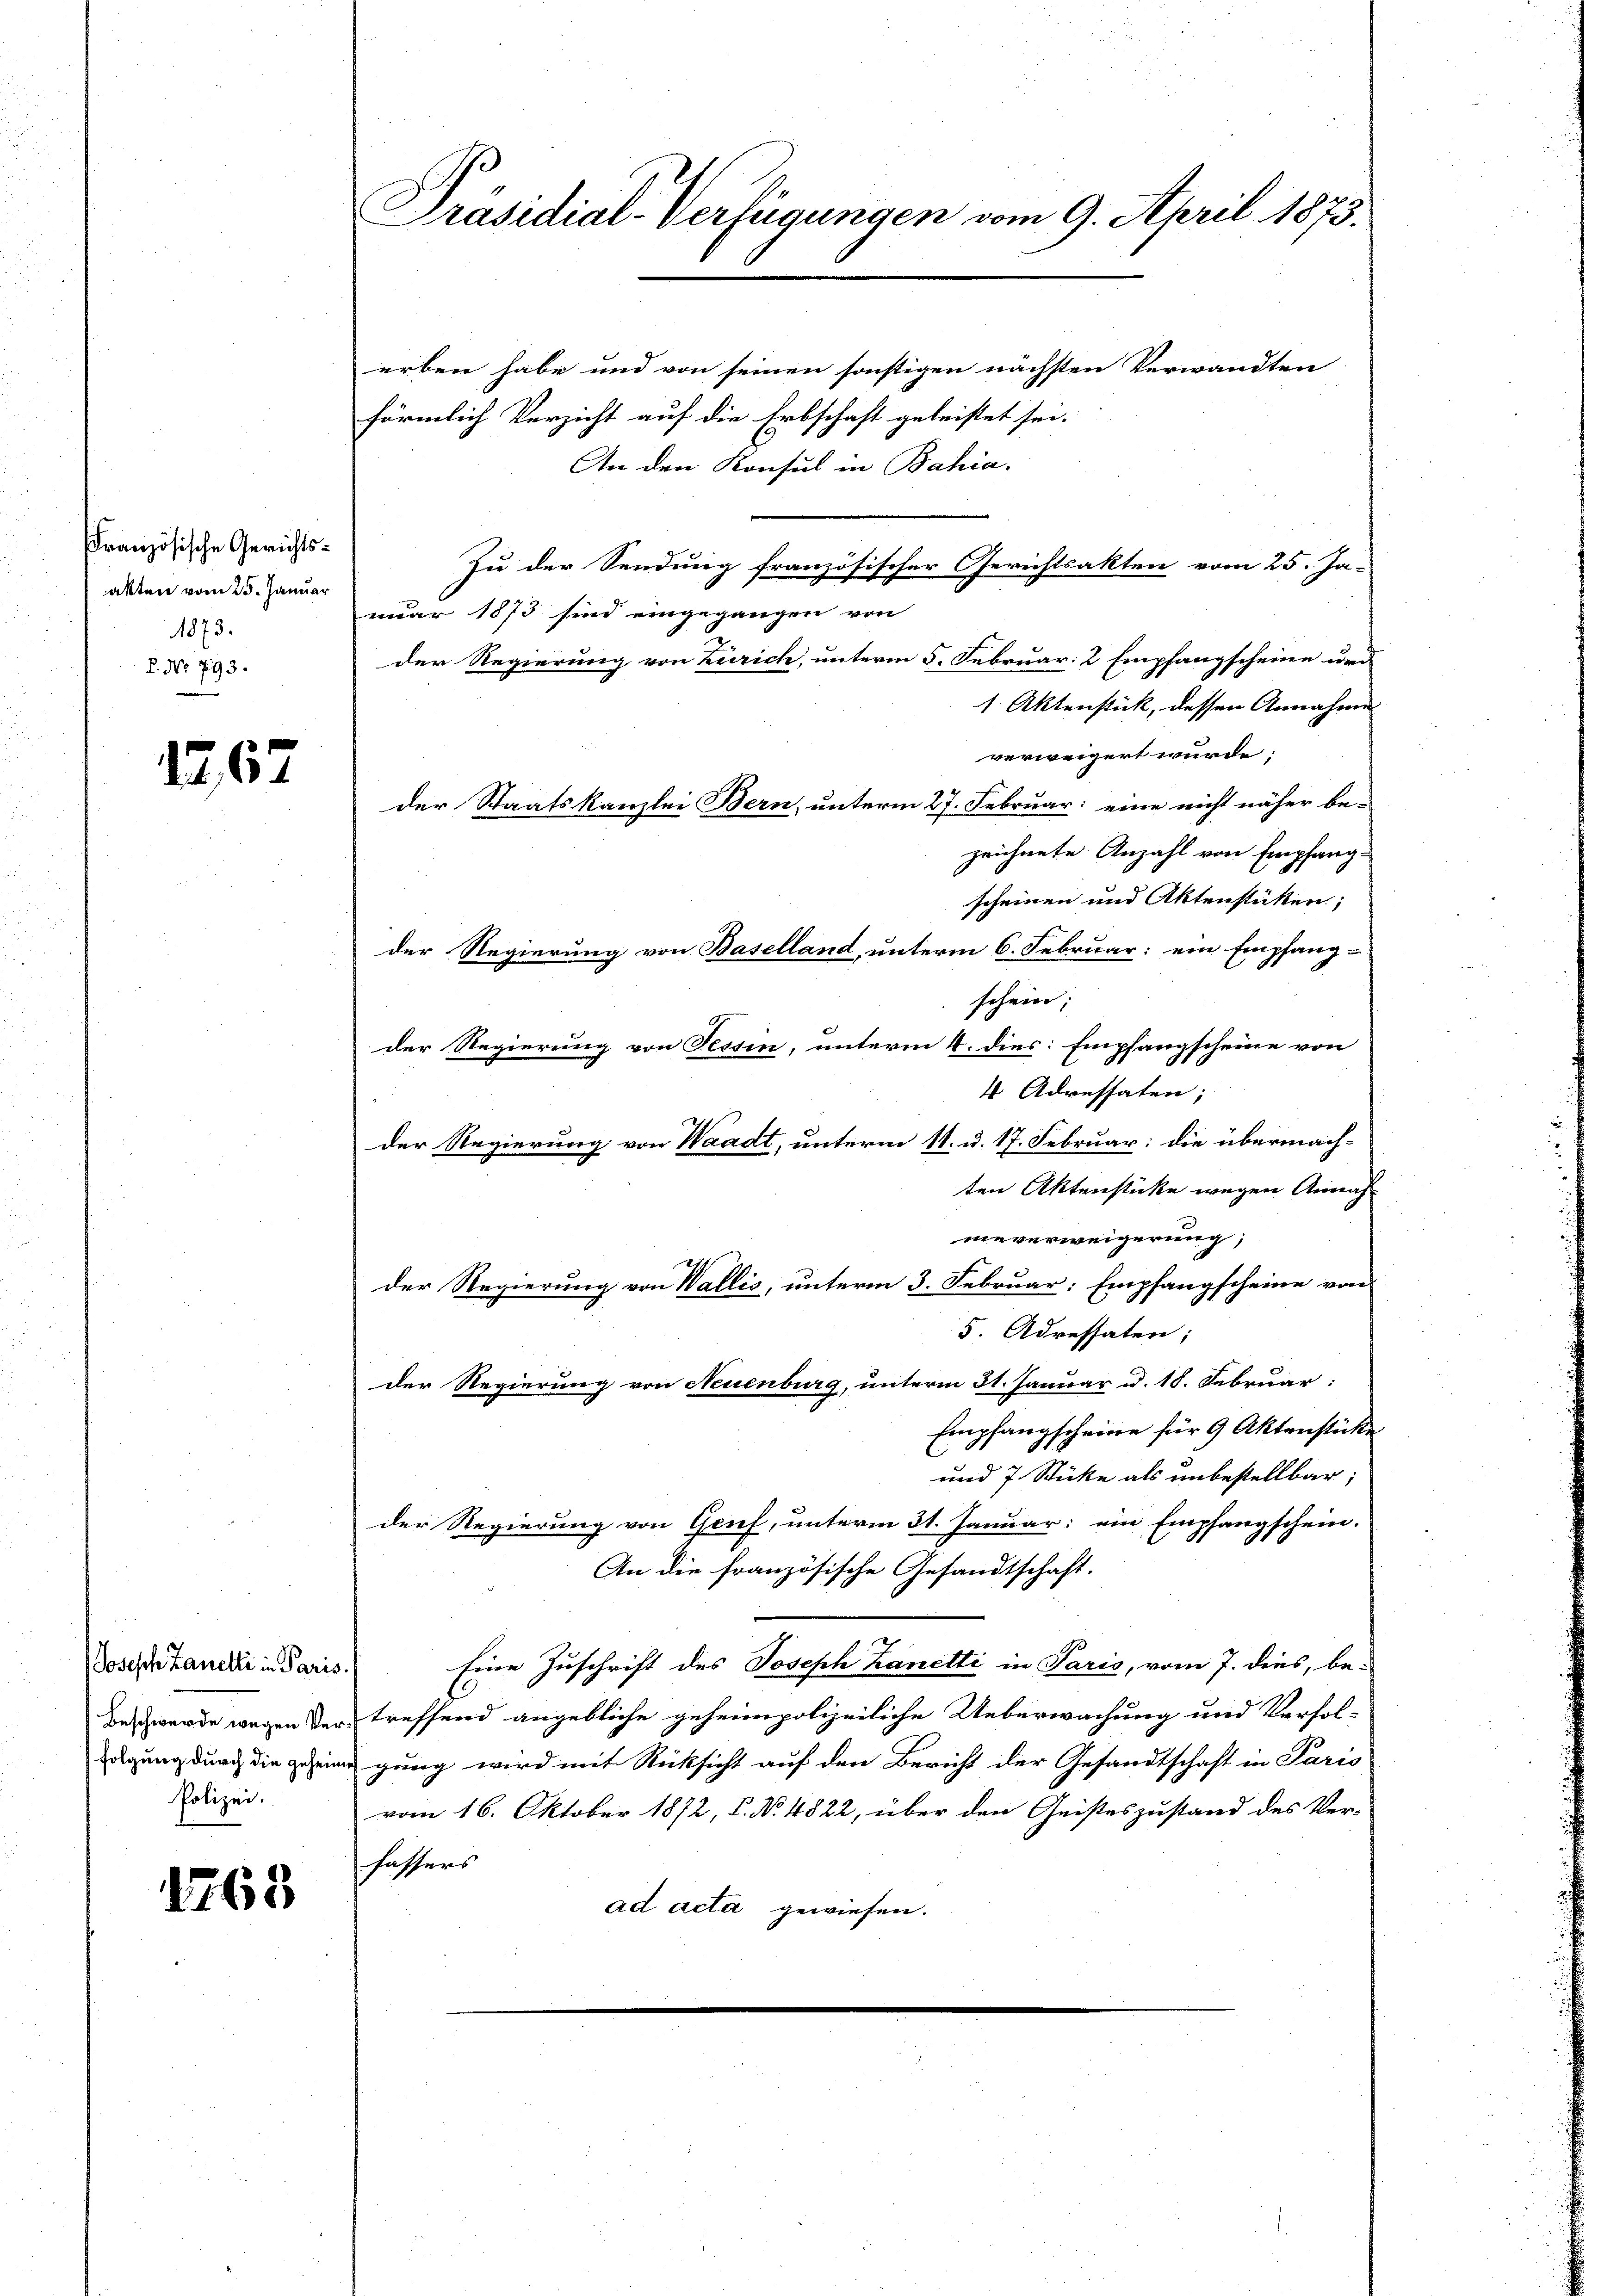
französische Gerichtsakten vom 25. Januar
1873.
L. No 793.

1267

Joseph Lanelli in Paris.
Polizei.

1763

Präsidial-Verfügungen vom 9. April 1873.

erben habe und von seinen sonstigen nächsten Verwandten
förmlich Verzicht auf die Erbschaft geleistet sei.
An den Konsul in Bahia,
Zu der Sendung französischer Gerichtsakten vom 25. Ja-
nuar 1873 sind eingegangen von
der Regierung von Zürich, unterm 5. Februar: 2 Empfangscheine und
1 Aktenstück, dessen Annahme
verweigert wurde;
der Staatskanzlei Bern, unterm 27. Februar: eine nicht näher be-
zeichnete Anzahl von Empfangscheinen und Aktenstücken;
der Regierung von Baselland, unterm 6. Februar: ein Empfang-
schein;
der Regierung von Tessin, unterm 4. dies: Empfangscheine von
4 Adressaten;
der Regierung von Waadt, unterm 11. u. 17. Februar: die übermachten Aktenstücke wegen Annah
nieverweigerung,
der Regierung von Wallis, unterm 3. Februar: Empfangscheine von
5. Adressaten;
der Regierung von Neuenburg, unterm 31. Januar u. 18. Februar:
Empfangscheine für 9 Aktenstücke
und 7 Stücke als unbestellbar;
der Regierung von Genf, unterm 31. Januar: ein Empfangschein.
An die französische Gesandtschaft.
Eine Zuschrift des Joseph Kanetti in Paris, vom 7. dies, be-
Beschwerde wegen der treffend angebliche geheimpolizeiliche Ueberwachung und Verfolugung durch die Gesingung wird mit Rücksicht auf den Bericht der Gesandtschaft in Paris
vom 16. Oktober 1872, P. No. 4822, über den Geisteszustand des Ver-
schaffers
ad acta gewiesen.